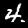
Digit: 4